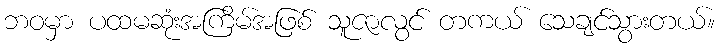
ဘဝမှာ ပထမဆုံးအကြိမ်အဖြစ် သူဇာလွင် တကယ် သေချင်သွားတယ်။